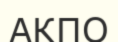
АКПО